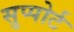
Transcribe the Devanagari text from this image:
सुप्पोर्ट